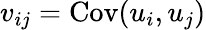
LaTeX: v_{ij}=\mathrm{Cov}(u_{i},u_{j})